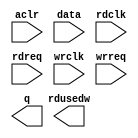
// megafunction wizard: %FIFO%VBB%
// GENERATION: STANDARD
// VERSION: WM1.0
// MODULE: dcfifo_mixed_widths 

// ============================================================
// Megafunction Name(s):
// 			dcfifo_mixed_widths
//
// Simulation Library Files(s):
// 			
// ============================================================
// ************************************************************
// THIS IS A WIZARD-GENERATED FILE. DO NOT EDIT THIS FILE!
//
// 12.0 Build 232 07/05/2012 SP 1 SJ Web Edition
// ************************************************************

//Copyright (C) 1991-2012 Altera Corporation
//Your use of Altera Corporation's design tools, logic functions 
//and other software and tools, and its AMPP partner logic 
//functions, and any output files from any of the foregoing 
//(including device programming or simulation files), and any 
//associated documentation or information are expressly subject 
//to the terms and conditions of the Altera Program License 
//Subscription Agreement, Altera MegaCore Function License 
//Agreement, or other applicable license agreement, including, 
//without limitation, that your use is for the sole purpose of 
//programming logic devices manufactured by Altera and sold by 
//Altera or its authorized distributors.  Please refer to the 
//applicable agreement for further details.

module video_fifo (
	aclr,
	data,
	rdclk,
	rdreq,
	wrclk,
	wrreq,
	q,
	rdusedw);

	input	  aclr;
	input	[7:0]  data;
	input	  rdclk;
	input	  rdreq;
	input	  wrclk;
	input	  wrreq;
	output	[15:0]  q;
	output	[7:0]  rdusedw;
`ifndef ALTERA_RESERVED_QIS
// synopsys translate_off
`endif
	tri0	  aclr;
`ifndef ALTERA_RESERVED_QIS
// synopsys translate_on
`endif

endmodule

// ============================================================
// CNX file retrieval info
// ============================================================
// Retrieval info: PRIVATE: AlmostEmpty NUMERIC "0"
// Retrieval info: PRIVATE: AlmostEmptyThr NUMERIC "-1"
// Retrieval info: PRIVATE: AlmostFull NUMERIC "0"
// Retrieval info: PRIVATE: AlmostFullThr NUMERIC "-1"
// Retrieval info: PRIVATE: CLOCKS_ARE_SYNCHRONIZED NUMERIC "0"
// Retrieval info: PRIVATE: Clock NUMERIC "4"
// Retrieval info: PRIVATE: Depth NUMERIC "512"
// Retrieval info: PRIVATE: Empty NUMERIC "1"
// Retrieval info: PRIVATE: Full NUMERIC "1"
// Retrieval info: PRIVATE: INTENDED_DEVICE_FAMILY STRING "Cyclone III"
// Retrieval info: PRIVATE: LE_BasedFIFO NUMERIC "0"
// Retrieval info: PRIVATE: LegacyRREQ NUMERIC "1"
// Retrieval info: PRIVATE: MAX_DEPTH_BY_9 NUMERIC "0"
// Retrieval info: PRIVATE: OVERFLOW_CHECKING NUMERIC "0"
// Retrieval info: PRIVATE: Optimize NUMERIC "0"
// Retrieval info: PRIVATE: RAM_BLOCK_TYPE NUMERIC "0"
// Retrieval info: PRIVATE: SYNTH_WRAPPER_GEN_POSTFIX STRING "0"
// Retrieval info: PRIVATE: UNDERFLOW_CHECKING NUMERIC "0"
// Retrieval info: PRIVATE: UsedW NUMERIC "1"
// Retrieval info: PRIVATE: Width NUMERIC "8"
// Retrieval info: PRIVATE: dc_aclr NUMERIC "1"
// Retrieval info: PRIVATE: diff_widths NUMERIC "1"
// Retrieval info: PRIVATE: msb_usedw NUMERIC "0"
// Retrieval info: PRIVATE: output_width NUMERIC "16"
// Retrieval info: PRIVATE: rsEmpty NUMERIC "0"
// Retrieval info: PRIVATE: rsFull NUMERIC "0"
// Retrieval info: PRIVATE: rsUsedW NUMERIC "1"
// Retrieval info: PRIVATE: sc_aclr NUMERIC "0"
// Retrieval info: PRIVATE: sc_sclr NUMERIC "0"
// Retrieval info: PRIVATE: wsEmpty NUMERIC "0"
// Retrieval info: PRIVATE: wsFull NUMERIC "0"
// Retrieval info: PRIVATE: wsUsedW NUMERIC "0"
// Retrieval info: LIBRARY: altera_mf altera_mf.altera_mf_components.all
// Retrieval info: CONSTANT: INTENDED_DEVICE_FAMILY STRING "Cyclone III"
// Retrieval info: CONSTANT: LPM_NUMWORDS NUMERIC "512"
// Retrieval info: CONSTANT: LPM_SHOWAHEAD STRING "OFF"
// Retrieval info: CONSTANT: LPM_TYPE STRING "dcfifo_mixed_widths"
// Retrieval info: CONSTANT: LPM_WIDTH NUMERIC "8"
// Retrieval info: CONSTANT: LPM_WIDTHU NUMERIC "9"
// Retrieval info: CONSTANT: LPM_WIDTHU_R NUMERIC "8"
// Retrieval info: CONSTANT: LPM_WIDTH_R NUMERIC "16"
// Retrieval info: CONSTANT: OVERFLOW_CHECKING STRING "ON"
// Retrieval info: CONSTANT: RDSYNC_DELAYPIPE NUMERIC "4"
// Retrieval info: CONSTANT: READ_ACLR_SYNCH STRING "OFF"
// Retrieval info: CONSTANT: UNDERFLOW_CHECKING STRING "ON"
// Retrieval info: CONSTANT: USE_EAB STRING "ON"
// Retrieval info: CONSTANT: WRITE_ACLR_SYNCH STRING "OFF"
// Retrieval info: CONSTANT: WRSYNC_DELAYPIPE NUMERIC "4"
// Retrieval info: USED_PORT: aclr 0 0 0 0 INPUT GND "aclr"
// Retrieval info: USED_PORT: data 0 0 8 0 INPUT NODEFVAL "data[7..0]"
// Retrieval info: USED_PORT: q 0 0 16 0 OUTPUT NODEFVAL "q[15..0]"
// Retrieval info: USED_PORT: rdclk 0 0 0 0 INPUT NODEFVAL "rdclk"
// Retrieval info: USED_PORT: rdreq 0 0 0 0 INPUT NODEFVAL "rdreq"
// Retrieval info: USED_PORT: rdusedw 0 0 8 0 OUTPUT NODEFVAL "rdusedw[7..0]"
// Retrieval info: USED_PORT: wrclk 0 0 0 0 INPUT NODEFVAL "wrclk"
// Retrieval info: USED_PORT: wrreq 0 0 0 0 INPUT NODEFVAL "wrreq"
// Retrieval info: CONNECT: @aclr 0 0 0 0 aclr 0 0 0 0
// Retrieval info: CONNECT: @data 0 0 8 0 data 0 0 8 0
// Retrieval info: CONNECT: @rdclk 0 0 0 0 rdclk 0 0 0 0
// Retrieval info: CONNECT: @rdreq 0 0 0 0 rdreq 0 0 0 0
// Retrieval info: CONNECT: @wrclk 0 0 0 0 wrclk 0 0 0 0
// Retrieval info: CONNECT: @wrreq 0 0 0 0 wrreq 0 0 0 0
// Retrieval info: CONNECT: q 0 0 16 0 @q 0 0 16 0
// Retrieval info: CONNECT: rdusedw 0 0 8 0 @rdusedw 0 0 8 0
// Retrieval info: GEN_FILE: TYPE_NORMAL video_fifo.v TRUE
// Retrieval info: GEN_FILE: TYPE_NORMAL video_fifo.inc FALSE
// Retrieval info: GEN_FILE: TYPE_NORMAL video_fifo.cmp FALSE
// Retrieval info: GEN_FILE: TYPE_NORMAL video_fifo.bsf FALSE
// Retrieval info: GEN_FILE: TYPE_NORMAL video_fifo_inst.v TRUE
// Retrieval info: GEN_FILE: TYPE_NORMAL video_fifo_bb.v TRUE